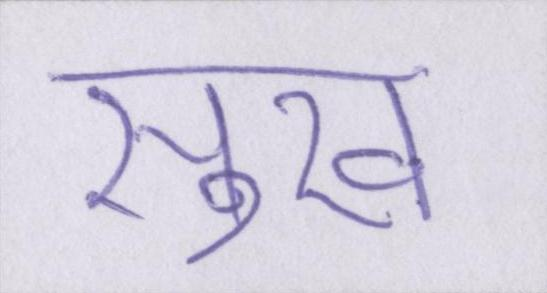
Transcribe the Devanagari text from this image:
सुख